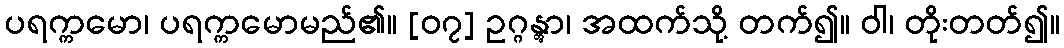
ပရက္ကမော၊ ပရက္ကမောမည်၏။ [၀၇] ဥဂ္ဂန္တွာ၊ အထက်သို့ တက်၍။ ဝါ၊ တိုးတတ်၍။